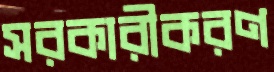
সরকারীকরণ